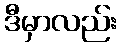
ဒီမှာလည်း